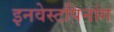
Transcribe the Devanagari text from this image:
इनवेस्टपिनांग